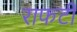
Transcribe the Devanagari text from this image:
राफर्टी